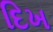
દિખ